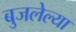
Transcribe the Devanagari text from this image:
बुजलेल्या